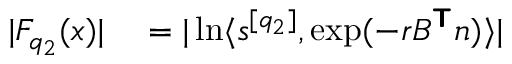
\begin{array} { r l } { | F _ { q _ { 2 } } ( \boldsymbol { x } ) | } & { { } = | \ln \langle \boldsymbol { s } ^ { [ q _ { 2 } ] } , \exp ( - r B ^ { \boldsymbol { \mathsf { T } } } \boldsymbol { n } ) \rangle | } \end{array}